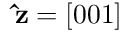
\mathbf { \hat { z } } = [ 0 0 1 ]